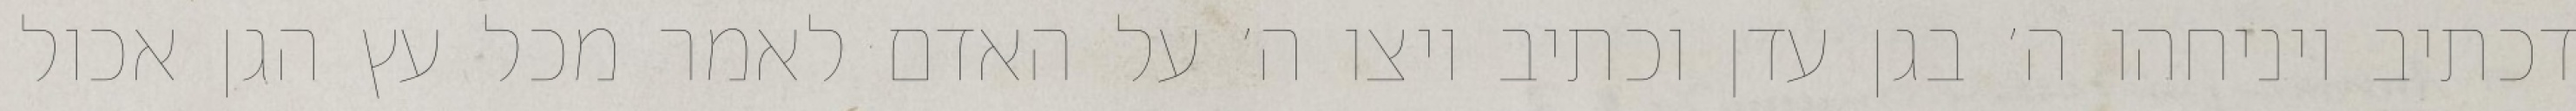
דכתיב ויניחהו ה׳ בגן עדן וכתיב ויצו ה׳ על האדם לאמר מכל עץ הגן אכול